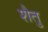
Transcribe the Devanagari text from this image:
शैतु